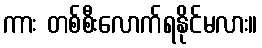
ကား တစ်စီးလောက်ရနိုင်မလား။